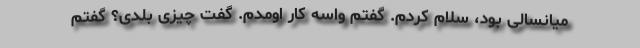
میانسالی بود، سلام کردم. گفتم واسه کار اومدم. گفت چیزی بلدی؟ گفتم